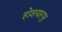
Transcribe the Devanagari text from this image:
होशयारपुर